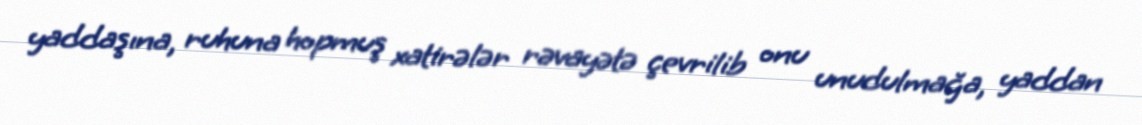
yaddaşına, ruhuna hopmuş xatirələr rəvayətə çevrilib onu unudulmağa, yaddan